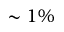
\sim 1 \%